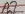
Text: D2